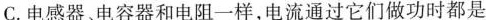
C.电感器、电容器和电阻一样，电流通过它们做功时都是